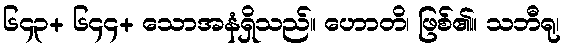
၆၄၃+ ၆၄၄+ သောအနံရှိသည်။ ဟောတိ၊ ဖြစ်၏။ သဘီရု၊